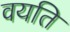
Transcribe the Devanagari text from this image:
वयति